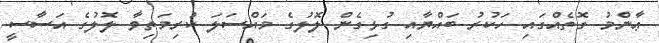
ޢާންމު ގޮތެއްގައި ހަކުރު ބައްޔާއި ގުޅިގެން ލޮލުގެ މައްސަލަ ކުރިމަތިވާ ލޮލުގެ އަސާސީ